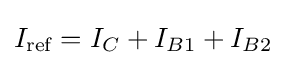
I_{\text{ref}}=I_{C}+I_{B1}+I_{B2}\